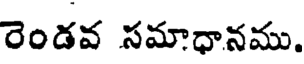
రెండవ సమాధానము.